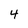
Character: 4